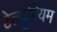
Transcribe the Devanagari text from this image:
टेल्युरियम